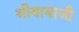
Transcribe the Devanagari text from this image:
श्रीबाबाजी